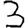
Digit: 3